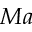
M a